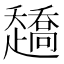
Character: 𰷿